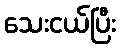
သေးငယ်ပြီး